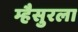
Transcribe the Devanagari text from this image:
म्हैसुरला